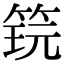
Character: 𬕎